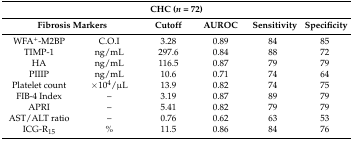
<table><thead><tr><td colspan="6"><b>CHC (<i>n</i> = 72)</b></td></tr><tr><td colspan="2"><b>Fibrosis Markers</b></td><td><b>Cutoff</b></td><td><b>AUROC</b></td><td><b>Sensitivity</b></td><td><b>Specificity</b></td></tr></thead><tbody><tr><td>WFA<sup>+</sup>-M2BP</td><td>C.O.I</td><td>3.28</td><td>0.89</td><td>84</td><td>85</td></tr><tr><td>TIMP-1</td><td>ng/mL</td><td>297.6</td><td>0.84</td><td>88</td><td>72</td></tr><tr><td>HA</td><td>ng/mL</td><td>116.5</td><td>0.87</td><td>79</td><td>79</td></tr><tr><td>PIIIP</td><td>ng/mL</td><td>10.6</td><td>0.71</td><td>74</td><td>64</td></tr><tr><td>Platelet count</td><td>×10<sup>4</sup>/μL</td><td>13.9</td><td>0.82</td><td>74</td><td>75</td></tr><tr><td>FIB-4 Index</td><td>–</td><td>3.19</td><td>0.87</td><td>89</td><td>79</td></tr><tr><td>APRI</td><td>–</td><td>5.41</td><td>0.82</td><td>79</td><td>79</td></tr><tr><td>AST/ALT ratio</td><td>–</td><td>0.76</td><td>0.62</td><td>63</td><td>53</td></tr><tr><td>ICG-R<sub>15</sub></td><td>%</td><td>11.5</td><td>0.86</td><td>84</td><td>76</td></tr></tbody></table>